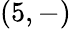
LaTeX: (5,-)